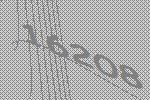
16208